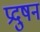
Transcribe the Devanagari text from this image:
प्रदुषन